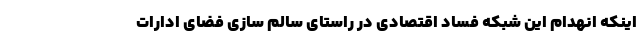
اینکه انهدام این شبکه فساد اقتصادی در راستای سالم سازی فضای ادارات